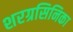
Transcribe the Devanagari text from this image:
शरग्रसिनिका